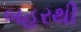
બહરથી